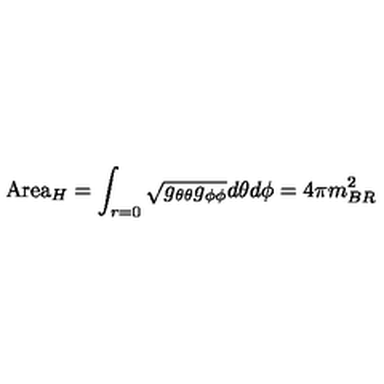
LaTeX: \mathrm { A r e a } _ { H } = \int _ { r = 0 } \sqrt { g _ { \theta \theta } g _ { \phi \phi } } d \theta d \phi = 4 \pi m _ { B R } ^ { 2 }